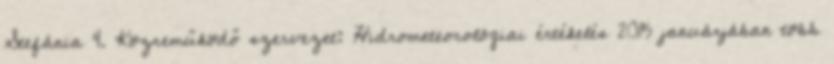
Stefánia 4. Közreműködő szervezet: Hidrometeorológiai értékelés 2015 januárjában több